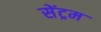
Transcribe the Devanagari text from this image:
सेंट्रम